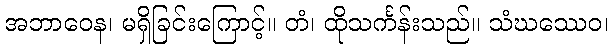
အဘာဝေန၊ မရှိခြင်းကြောင့်။ တံ၊ ထိုသင်္ကန်းသည်။ သံဃဿေဝ၊